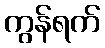
ကွန်ရက်